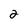
Character: 2